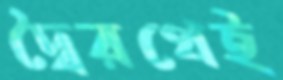
দ্বৈরথেই